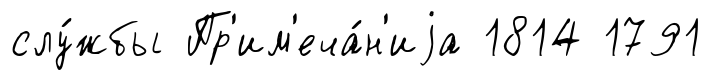
слу́жбы Пр'им'еча́н'иjа 1814 1791